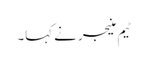
ٹیم منیجر نے کہا۔